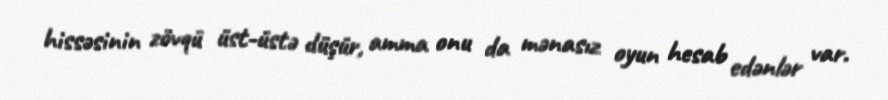
hissəsinin zövqü üst-üstə düşür, amma onu da mənasız oyun hesab edənlər var.